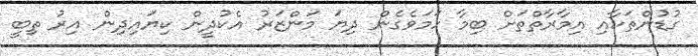
ގުޑުންތަކާއި އިމާރާތްތަށް ބިމާ ހަމަވެގެން ދިޔަ މަންޒަރު އެކުދީން ކިޔައިދިން އިރު ތިބީ